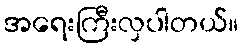
အရေးကြီးလှပါတယ်။